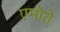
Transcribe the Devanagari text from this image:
एमोते